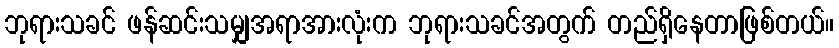
ဘုရားသခင် ဖန်ဆင်းသမျှအရာအားလုံးက ဘုရားသခင်အတွက် တည်ရှိနေတာဖြစ်တယ်။